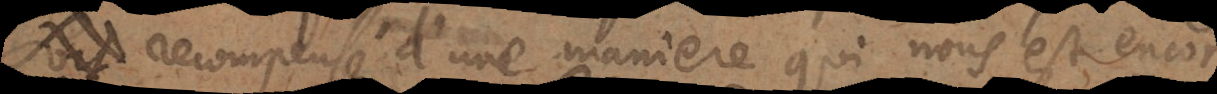
recompensé d’une maniere qui nous est encor